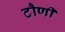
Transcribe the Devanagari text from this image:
टौणी